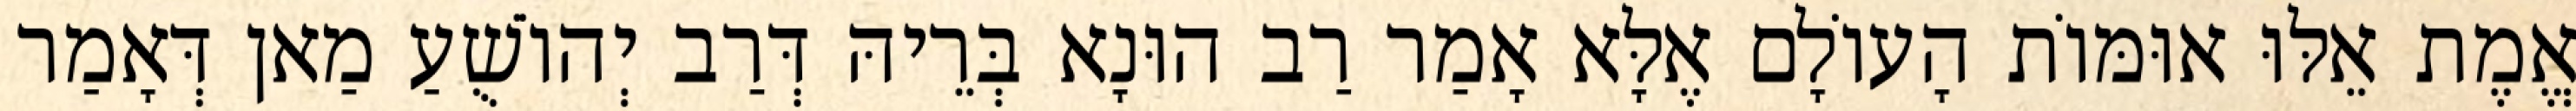
אֱמֶת אֵלּוּ אוּמּוֹת הָעוֹלָם אֶלָּא אָמַר רַב הוּנָא בְּרֵיהּ דְּרַב יְהוֹשֻׁעַ מַאן דְּאָמַר